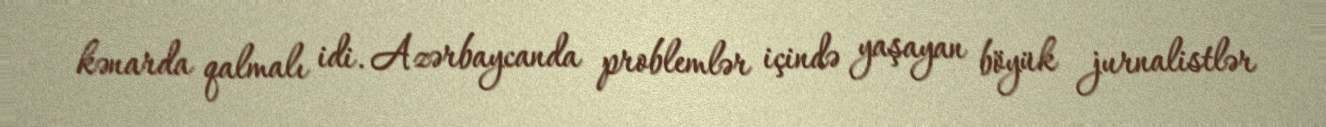
kənarda qalmalı idi. Azərbaycanda problemlər içində yaşayan böyük jurnalistlər